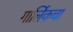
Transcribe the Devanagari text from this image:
गार्लिकचा